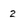
Character: 2